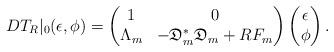
LaTeX: \begin{align*} DT_R|_{0} (\epsilon, \phi )=\begin{pmatrix}1 & 0 \\\Lambda_{m} &- \mathfrak{D}_{m}^* \mathfrak{D}_{m} + R F_{m} \end{pmatrix}\begin{pmatrix}\epsilon \\\phi\end{pmatrix}.\end{align*}